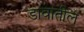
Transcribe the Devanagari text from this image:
डावांतील